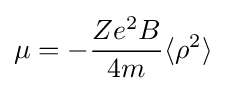
\mu =-{\frac {Ze^{2}B}{4m}}\langle \rho ^{2}\rangle